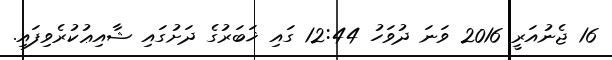
16 ޖެނުއަރީ 2016 ވަނަ ދުވަހު 12:44 ގައި ޚަބަރުގެ ދަށުގައި ޝާއިޢުކުރެވިފައި.